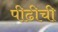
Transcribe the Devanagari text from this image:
पीढीची